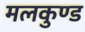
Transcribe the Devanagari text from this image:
मलकुण्ड